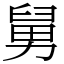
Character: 舅